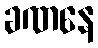
ခဏနေ